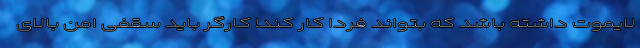
لایموت داشته باشد که بتواند فردا کار کند! کارگر باید سقفی امن بالای